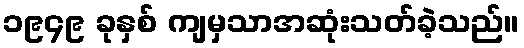
၁၉၄၉ ခုနှစ် ကျမှသာအဆုံးသတ်ခဲ့သည်။